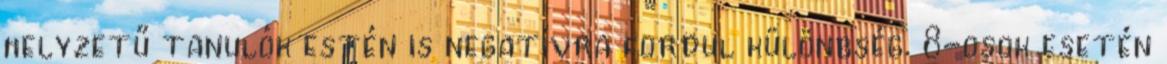
helyzetű tanulók estén is negatívra fordul különbség. 8-osok esetén